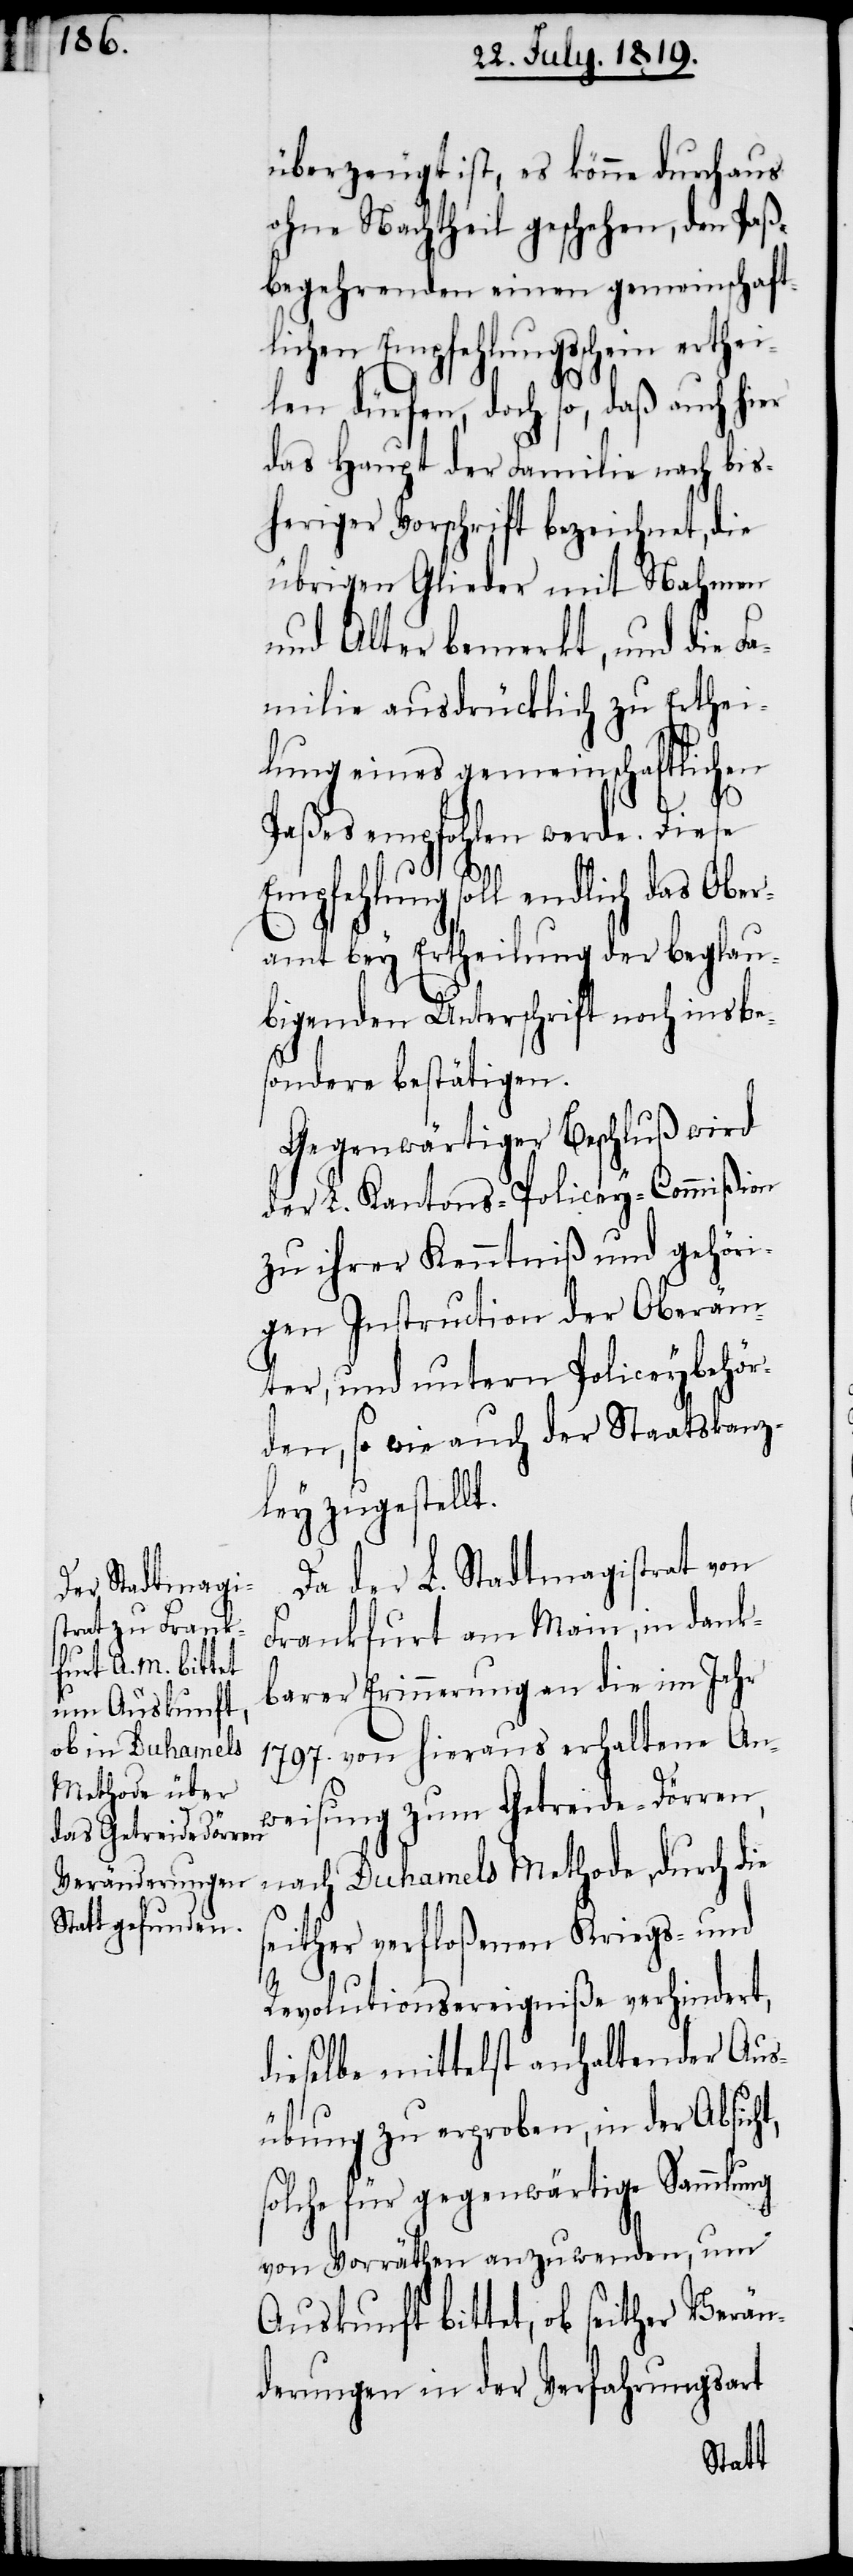
überzeugt ist, es könne durchaus
ohne Nachttheil geschehen, den Paß¬
begehrenden einen gemeinschaft¬
lichen Empfehlungsschein erthei¬
lden dürfen, doch so, daß auch
das Haupt der Familie nach bis¬
heriger Vorschrift bezeichnet, die
übrigen Glieder mit Nahmen
und Alter bemerkt, und die Fa¬
milie ausdrücklich zu Erthei¬
lung eines gemeinschaftlichen
Paßes empfohlen werde. Diese
Empfehlung soll endlich das Ober¬
amt bey Ertheilung der beglau¬
bigenden Unterschrift noch insbe¬
sondere bestätigen.
Gegenwärtiger Beschluß wir
der L Kantons-Policey-Commißion
zu ihrer Kenntniß und gehöri¬
gen Instruction der Oberäm¬
ter, und untern Policeybehör¬
den, so wie auch der Staatskanz¬
ley zugestellt.
Da der L. Stadtmagistrat von
Frankfurt am Main, in dank¬
barer Erinnerung an die im Jahr
1797. von hieraus erhaltene An¬
weisung zum Getreide-Dörren,
nach Duhamels Methode, durch die
seither verfloßenen Kriegs- und
Revolutionsereigniße verhindert,
dieselbe mittelst anhaltender Aus¬
übung zu erproben, in der Absicht,
solche für gegenwärtige Sammlung
von Vorräthen anzuwenden, um
Auskunft bittet, ob seither Verän¬
derungen in der Verfahrungsart